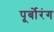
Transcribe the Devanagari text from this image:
पूर्बोरंग